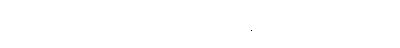
မောင်ကြီးရွှေဝါကို ဖျက်ဆီးတဲ့အထဲမှာ သူလည်း ပါတယ်